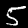
Digit: 5